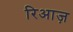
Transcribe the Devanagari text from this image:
रिआज़